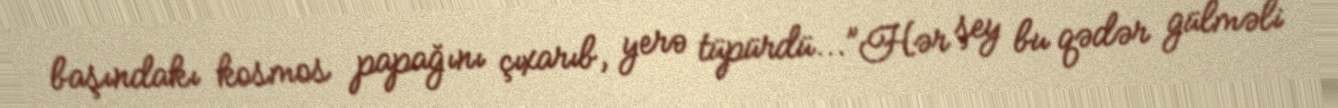
başındakı kosmos papağını çıxarıb, yerə tüpürdü...”Hər şey bu qədər gülməli